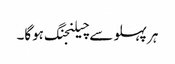
ہر پہلو سے چیلنجنگ ہوگا۔